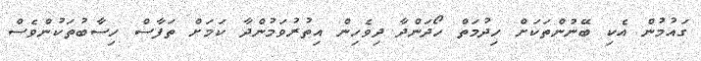
ގައުމުން އެކި ބޭނުންތަކަށް ހިދުމަތް ހޯދަންދާ ދިވެހިން އިތުރުވަމުންދާ ކަމަށް ތަފާސް ހިސާބުތަކުންވެސް